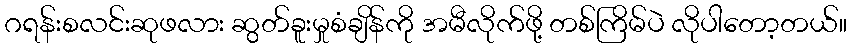
ဂရန်းစလင်းဆုဖလား ဆွတ်ခူးမှုစံချိန်ကို အမီလိုက်ဖို့ တစ်ကြိမ်ပဲ လိုပါတော့တယ်။